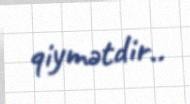
qiymətdir..